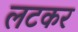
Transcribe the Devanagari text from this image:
लटकर